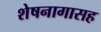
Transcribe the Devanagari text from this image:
शेषनागासह